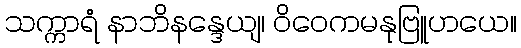
သက္ကာရံ နာဘိနန္ဒေယျ၊ ဝိဝေကမနုဗြူဟယေ။